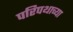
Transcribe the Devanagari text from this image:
परिपथाच्या